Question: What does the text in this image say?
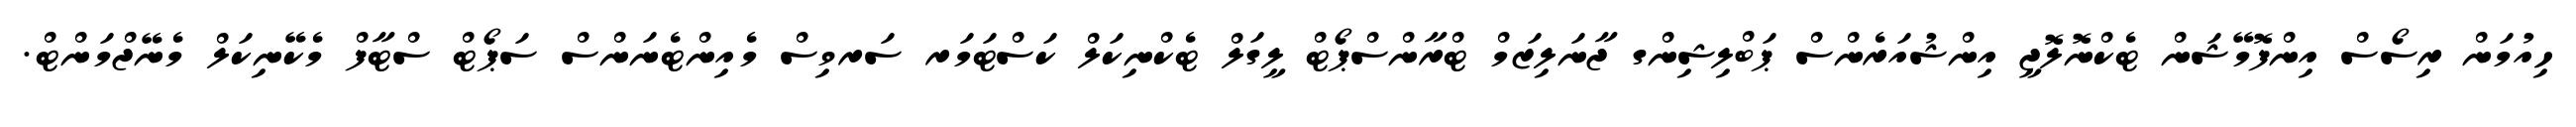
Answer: ހިއުމަން ރިސޯސް އިންފޮމޭޝަން ޓެކްނޮލޮޖީ އިންޝުއަރެންސް ޕަބްލިޝިންގ ޖާނަލިޒަމް ޓްރާންސްޕޯޓް ލީގަލް ޓެކްނިކަލް ކަސްޓަމަރ ސަރވިސް މެއިންޓެނަންސް ސަޕޯޓް ސްޓާފް މެކޭނިކަލް މެނޭޖްމަންޓް.